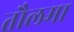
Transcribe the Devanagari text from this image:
तौलमा